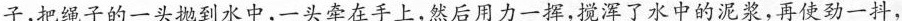
\underline{子，把绳子的一头抛到水中，一头牵在手上，然后用力一挥，搅浑了水中的泥浆，再使劲一抖，}